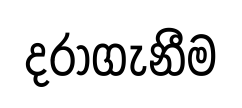
දරාගැනීම